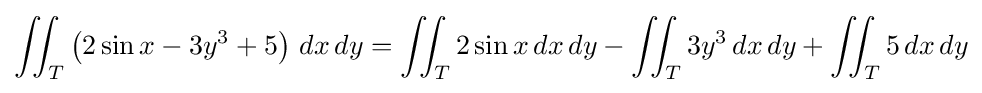
\iint _{T}\left(2\sin x-3y^{3}+5\right)\,dx\,dy=\iint _{T}2\sin x\,dx\,dy-\iint _{T}3y^{3}\,dx\,dy+\iint _{T}5\,dx\,dy